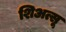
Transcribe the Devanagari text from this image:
शिअत्सू